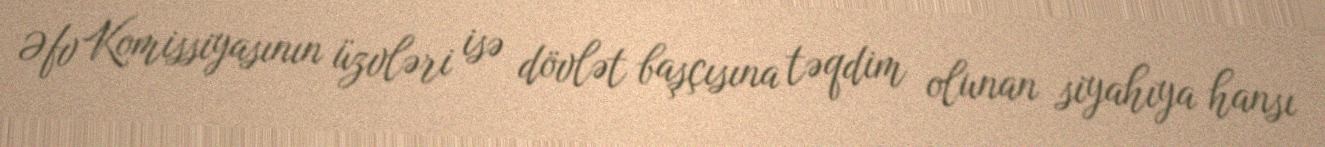
Əfv Komissiyasının üzvləri isə dövlət başçısına təqdim olunan siyahıya hansı